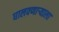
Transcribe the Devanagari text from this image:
घालवणाऱ्याला